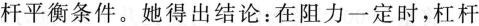
杆平衡条件。她得出结论：在阻力一定时，杠杆